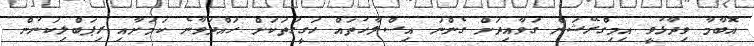
އޮބާމާ ވިދާޅުވީ އިމިގްރޭޝަން ގަވާއިދަށް ގެންނަ އިސްލާހުތައް ހަގީގަތަކަށް ހައްދަވާނެ ކަމަށާއި ރިޕަބްލިކަނުން